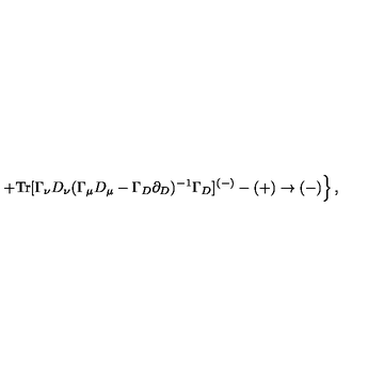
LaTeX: \left. + \mathrm { T r } [ \Gamma _ { \nu } D _ { \nu } ( \Gamma _ { \mu } D _ { \mu } - \Gamma _ { D } \partial _ { D } ) ^ { - 1 } \Gamma _ { D } ] ^ { ( - ) } - ( + ) \to ( - ) \right\} ,